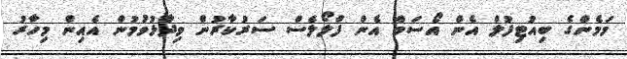
މަމެންގެ ބިއުޓިފުލް އެން އޯސަމް އެން ފްލޯލެސް ސަރުކާރުން ވިދާޅުވުމުން އެއިން މިހާރު